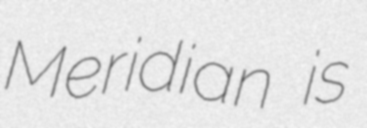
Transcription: Meridian is